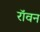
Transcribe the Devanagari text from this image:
रॉवन